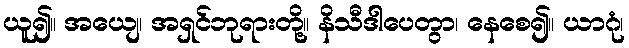
ယူ၍။ အယျေ၊ အရှင်ဘုရားတို့။ နိသီဒါပေတွာ၊ နေစေ၍။ ယာဂုံ၊